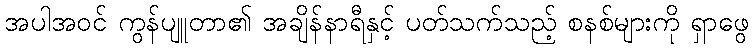
အပါအဝင် ကွန်ပျူတာ၏ အချိန်နာရီနှင့် ပတ်သက်သည့် စနစ်များကို ရှာဖွေ